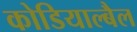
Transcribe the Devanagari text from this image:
कोडियाल्बैल